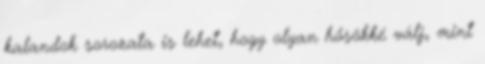
kalandok sorozata is lehet, hogy olyan hősökké válj, mint